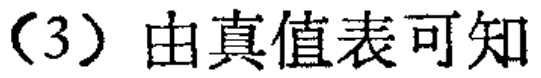
（3）由真值表可知